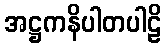
အဋ္ဌကနိပါတပါဠိ